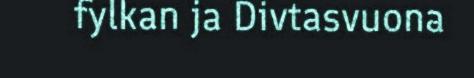
fylkan ja Divtasvuona